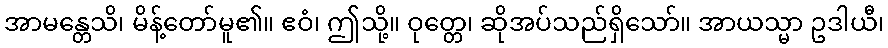
အာမန္တေသိ၊ မိန့်တော်မူ၏။ ဧဝံ၊ ဤသို့။ ဝုတ္တေ၊ ဆိုအပ်သည်ရှိသော်။ အာယသ္မာ ဥဒါယီ၊